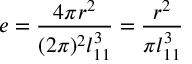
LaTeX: e = \frac { 4 \pi r ^ { 2 } } { ( 2 \pi ) ^ { 2 } l _ { 1 1 } ^ { 3 } } = \frac { r ^ { 2 } } { \pi l _ { 1 1 } ^ { 3 } }